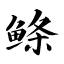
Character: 鲦